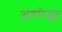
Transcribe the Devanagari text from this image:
अंतरोद्भूत